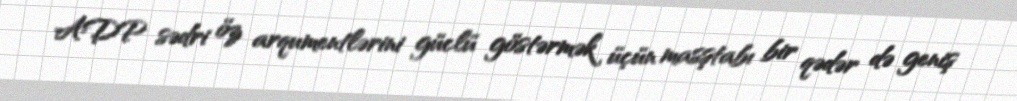
ADP sədri öz arqumentlərini güclü göstərmək üçün masştabı bir qədər də geniş